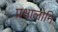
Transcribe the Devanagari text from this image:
प्रक्षालोनि